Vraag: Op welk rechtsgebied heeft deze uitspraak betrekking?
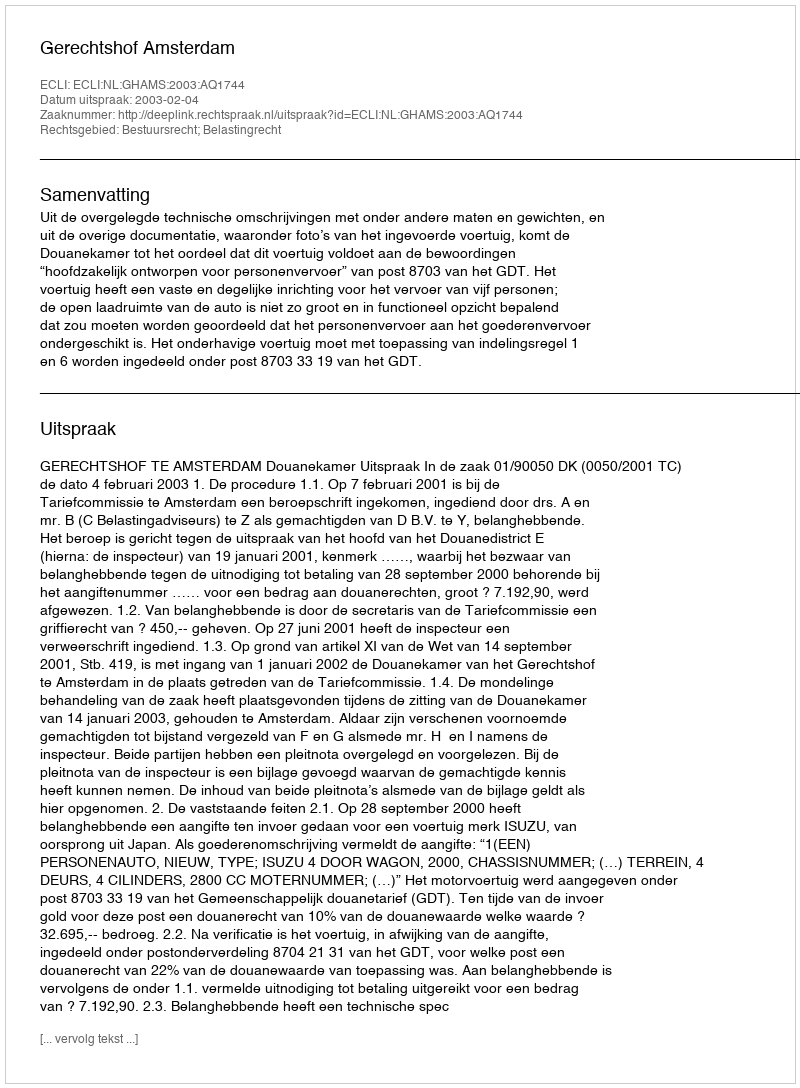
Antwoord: Bestuursrecht; Belastingrecht